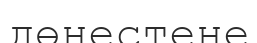
дөңестене